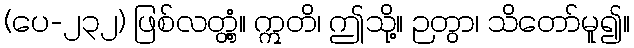
(ပေ-၂၃၂) ဖြစ်လတ္တံ့။ ဣတိ၊ ဤသို့။ ဉတွာ၊ သိတော်မူ၍။